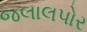
જલાલપોર